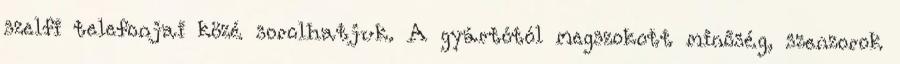
szelfi telefonjai közé sorolhatjuk. A gyártótól megszokott minőség, szenzorok